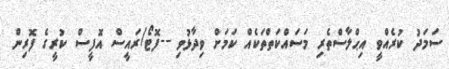
ސަމަދު ކުރެއްވީ އިޙްލާސްތެރި މަސައްކަތްތަކެއް ކަމަށް ވިދާޅުވި --ފޮޓޯ/ރައީސް އޮފީސް ކުރީގެ ފޮރިން